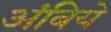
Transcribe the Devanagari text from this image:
अंबिये